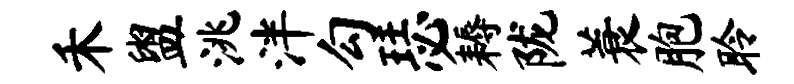
禾盥洮泮勾瑟耨陇蓑胞聆